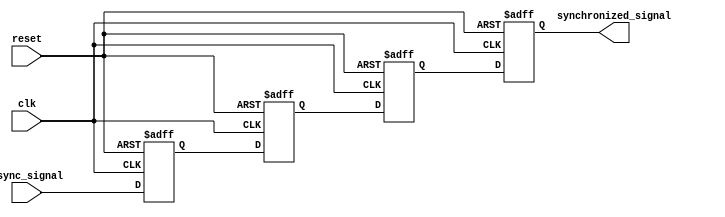
module cascade_synchronizer (
    input wire clk,
    input wire reset,
    input wire async_signal,
    output reg synchronized_signal
);

reg [3:0] ff1, ff2, ff3, ff4;

always @(posedge clk or posedge reset) begin
    if (reset) begin
        ff1 <= 4'b0;
        ff2 <= 4'b0;
        ff3 <= 4'b0;
        ff4 <= 4'b0;
    end else begin
        ff1 <= async_signal;
        ff2 <= ff1;
        ff3 <= ff2;
        ff4 <= ff3;
    end
end

assign synchronized_signal = ff4;

endmodule